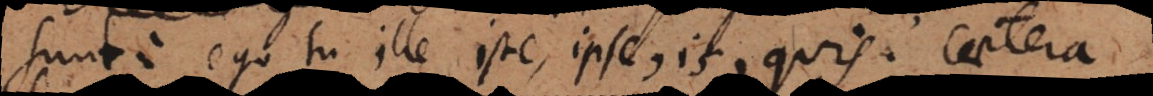
sunt: ego, tu ille, iste, ipse, is, quis. Caetera